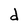
Character: d